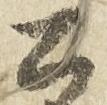
公